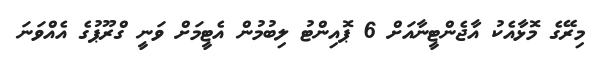
މިރޭގެ މޮޅާއެކު އާޖެންޓީނާއަށް 6 ޕޮއިންޓު ލިބުމުން އެޓީމަށް ވަނީ ގްރޫޕުގެ އެއްވަނަ